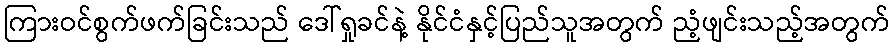
ကြားဝင်စွက်ဖက်ခြင်းသည် ဒေါ်ရှုခင်နဲ့ နိုင်ငံနှင့်ပြည်သူအတွက် ညံ့ဖျင်းသည့်အတွက်